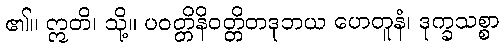
၏။ ဣတိ၊ သို့။ ပဝတ္တိနိဝတ္တိတဒုဘယ ဟေတူနံ၊ ဒုက္ခသစ္စာ